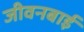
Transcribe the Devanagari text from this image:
जीवनबाई